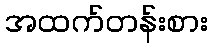
အထက်တန်းစား